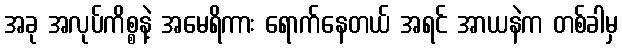
အခု အလုပ်ကိစ္စနဲ့ အမေရိကား ရောက်နေတယ် အရင် အာယနဲက တစ်ခါမှ